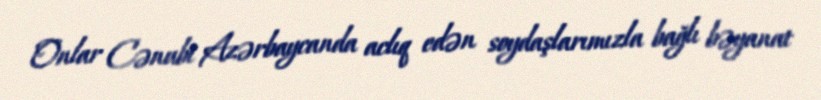
Onlar Cənubi Azərbaycanda aclıq edən soydaşlarımızla bağlı bəyanat